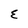
Character: E